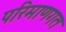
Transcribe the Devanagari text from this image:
परिमाणगत